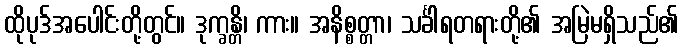
ထိုပုဒ်အပေါင်းတို့တွင်။ ဒုက္ခန္တိ၊ ကား။ အနိစ္စတ္တာ၊ သင်္ခါရတရားတို့၏ အမြဲမရှိသည်၏